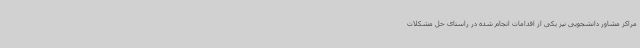
مراکز مشاور دانشجویی نیز یکی از اقدامات انجام شده در راستای حل مشکلات